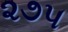
૨૭૫